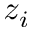
z _ { i }